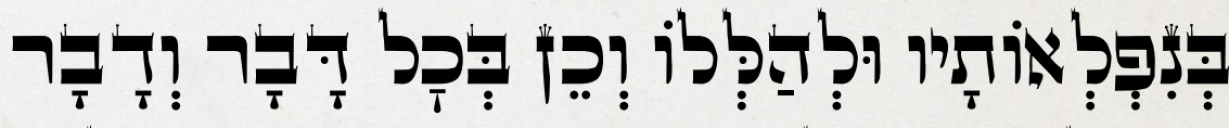
בְּנִפְלְאוֹתָיו וּלְהַלְּלוֹ וְכֵן בְּכׇל דָּבָר וְדָבָר